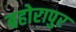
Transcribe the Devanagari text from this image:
बहोरापुर